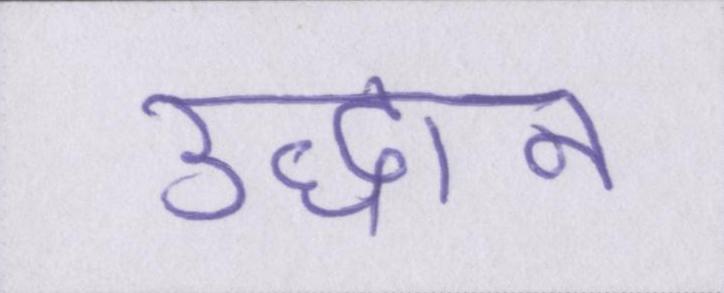
उद्धान